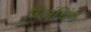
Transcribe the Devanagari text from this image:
ब्लिंचिंग